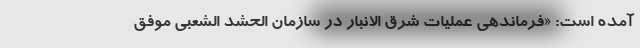
آمده است: «فرماندهی عملیات شرق الانبار در سازمان الحشد الشعبی موفق